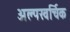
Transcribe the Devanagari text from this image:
अल्पखर्चिक